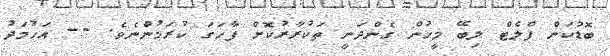
ބޮޑުކަން ފްލެޓް ލިބޭ މީހުން ގެންދަނީ ތަކުރާރުކޮށް ފާހަގަ ކުރަމުންނެވެ. -- އަހުމަދު